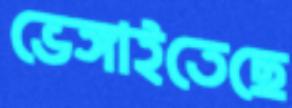
ভেঙ্গাইতেছে